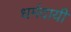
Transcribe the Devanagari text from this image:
धर्मदायी